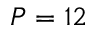
P = 1 2